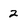
Character: 2